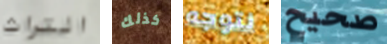
التراث كذلك نتوجه صحيح